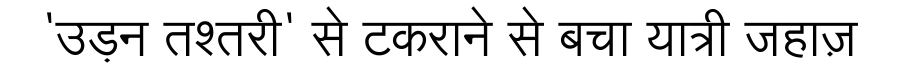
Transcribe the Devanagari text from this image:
'उड़न तश्तरी' से टकराने से बचा यात्री जहाज़